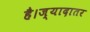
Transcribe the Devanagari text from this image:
है।ज्यादातर